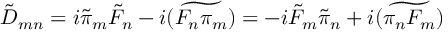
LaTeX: \tilde { D } _ { m n } = i \tilde { \pi } _ { m } \tilde { F } _ { n } - i \widetilde { ( F _ { n } \pi _ { m } ) } = - i \tilde { F } _ { m } \tilde { \pi } _ { n } + i \widetilde { ( \pi _ { n } F _ { m } ) }